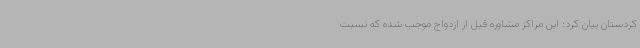
کردستان بیان کرد: این مراکز مشاوره قبل از ازدواج موجب شده که نسبت